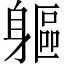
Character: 軀